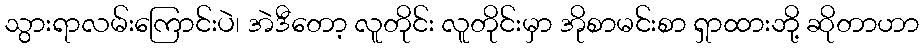
သွားရာလမ်းကြောင်းပဲ၊ အဲဒီတော့ လူတိုင်း လူတိုင်းမှာ အိုစာမင်းစာ ရှာထားဘို့ ဆိုတာဟာ